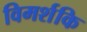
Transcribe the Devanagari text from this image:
विमर्शकि